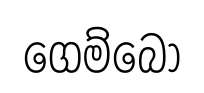
ගෙම්බො